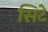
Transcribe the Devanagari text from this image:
सिटे